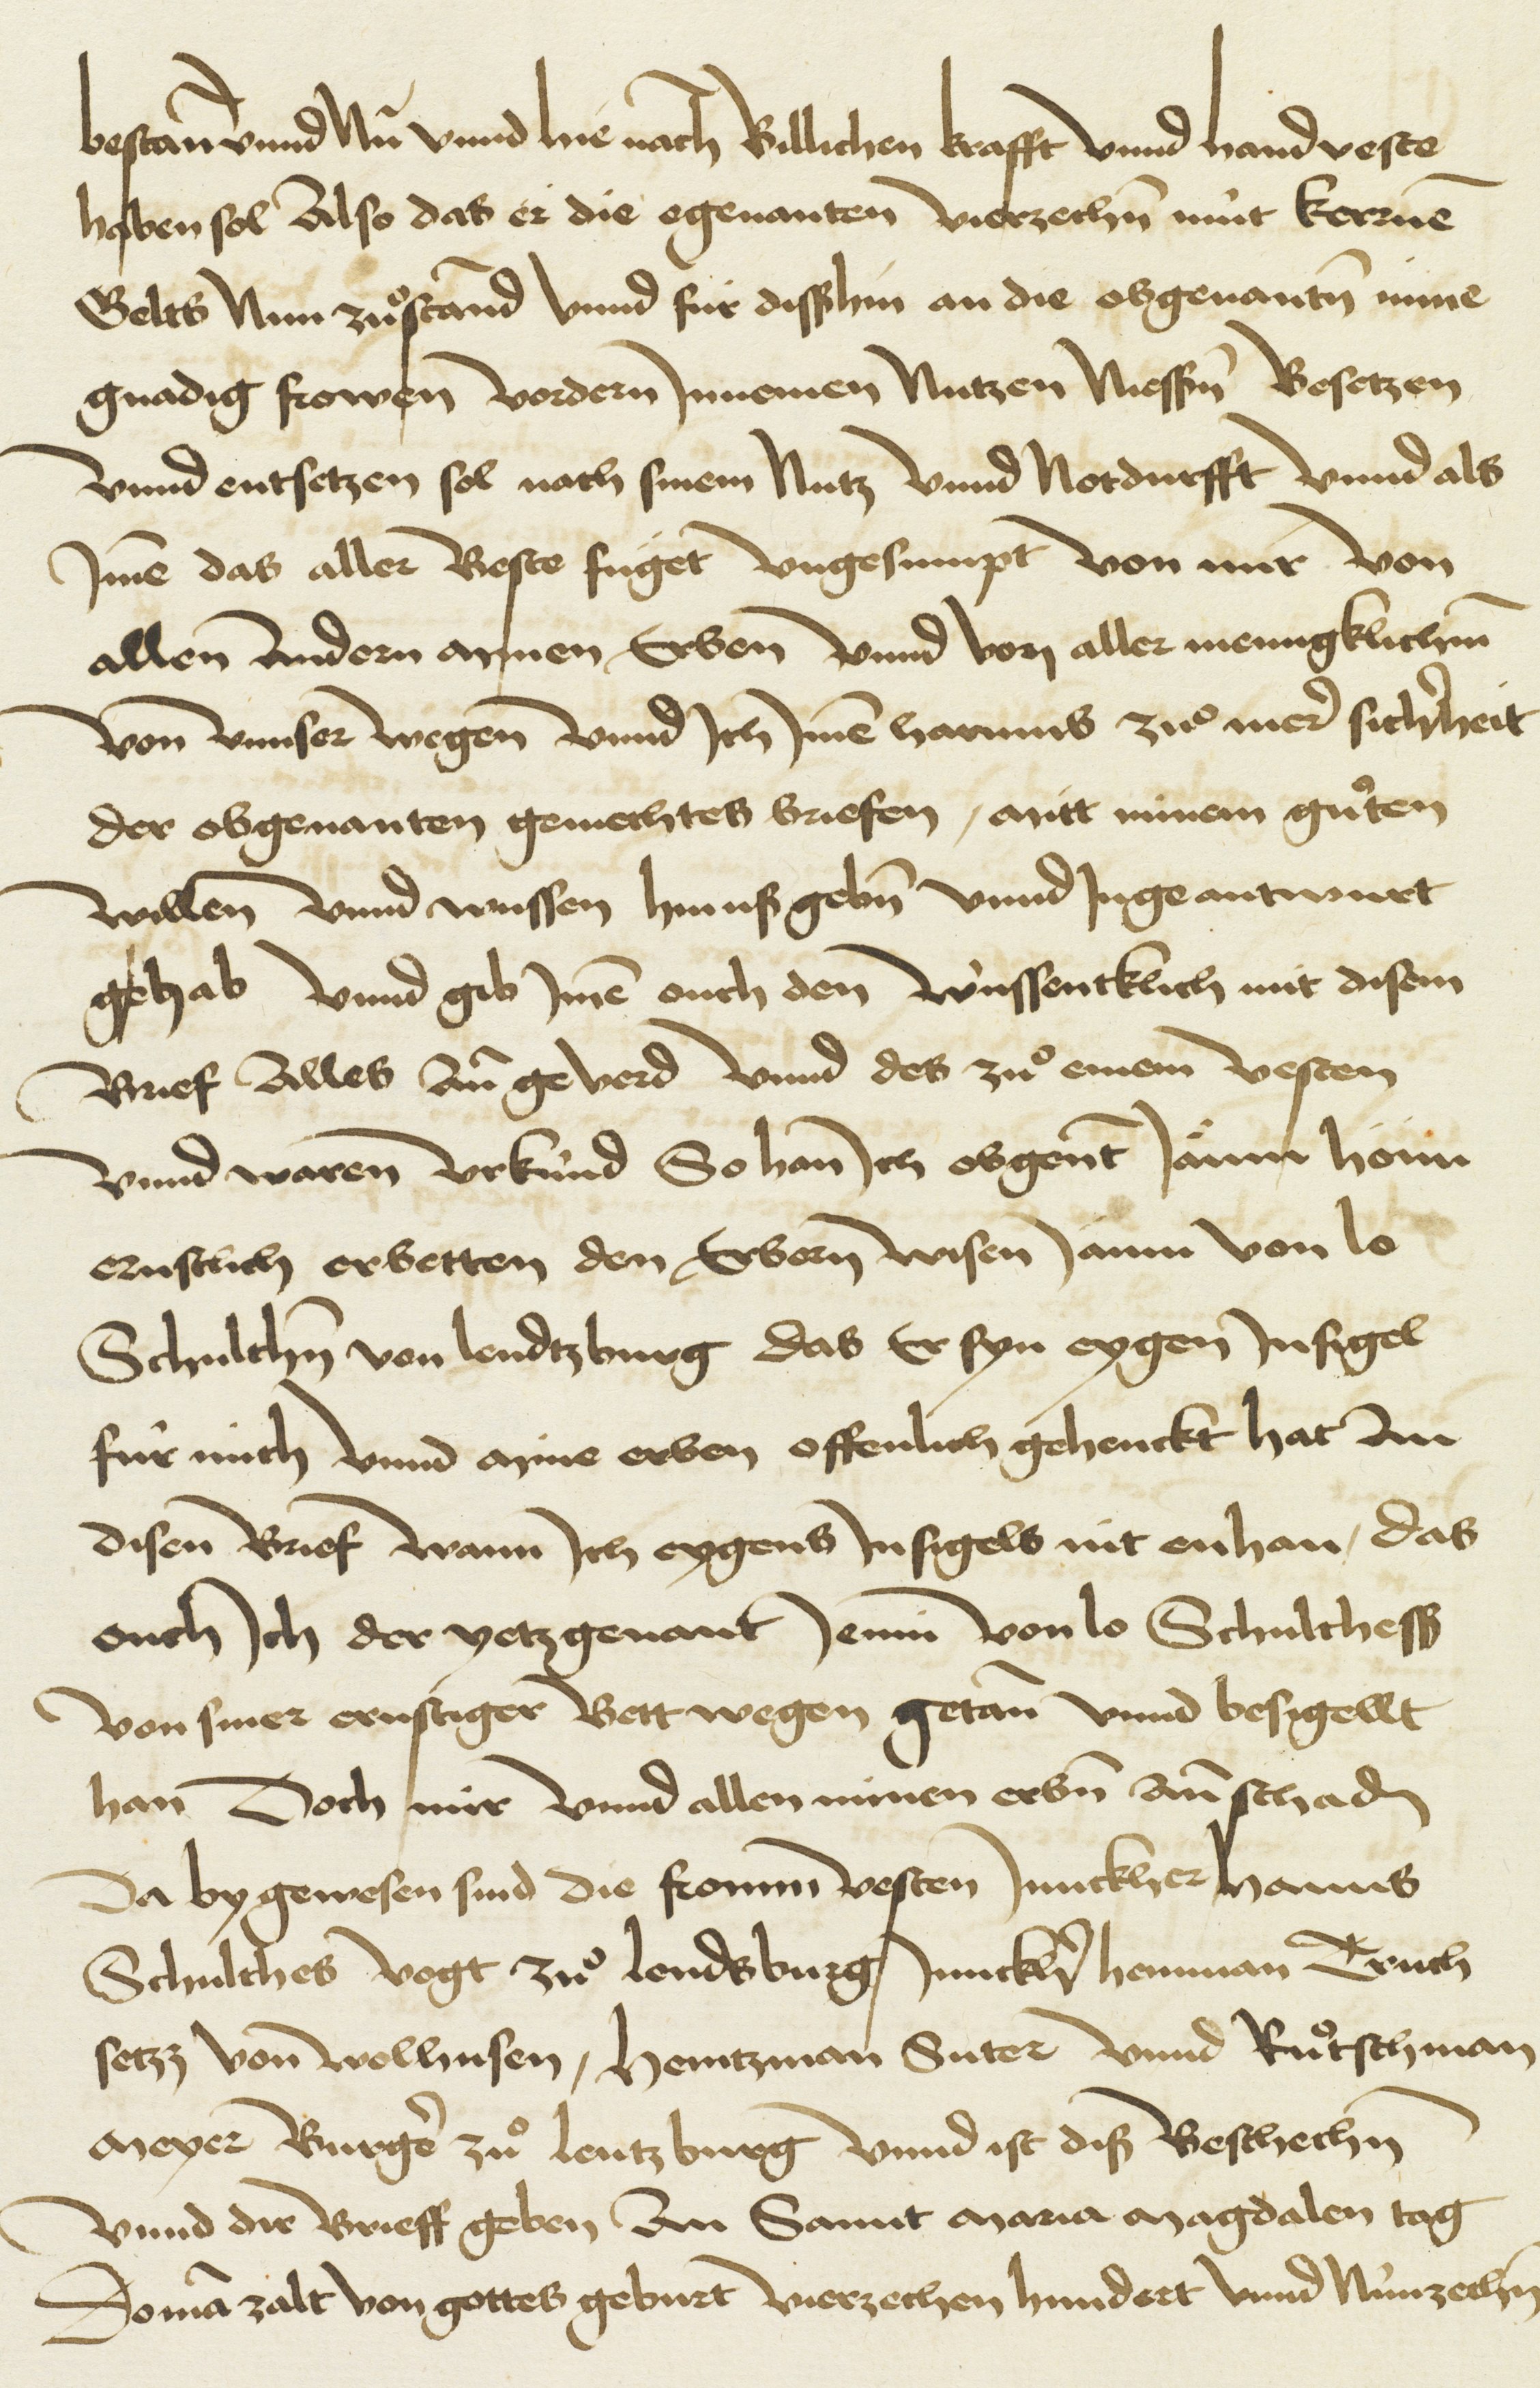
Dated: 1480–1528